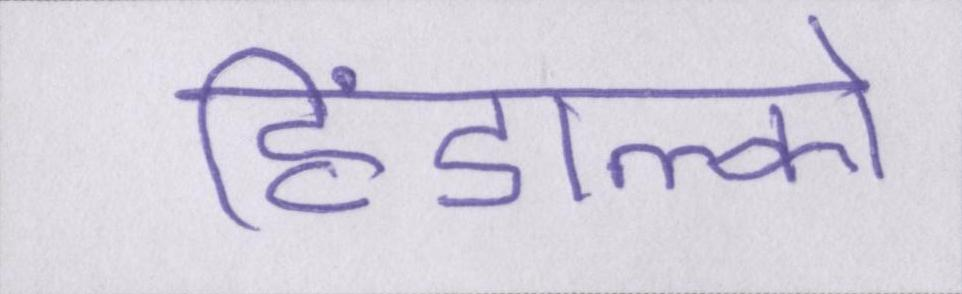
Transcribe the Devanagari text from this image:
हिंडाल्को